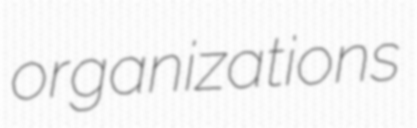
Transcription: organizations